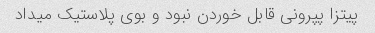
پیتزا پپرونی قابل خوردن نبود و بوی پلاستیک میداد